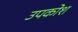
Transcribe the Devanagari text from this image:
उपकोश